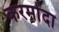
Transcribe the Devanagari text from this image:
करमोंदा